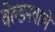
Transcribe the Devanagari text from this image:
वेल्डनवाले